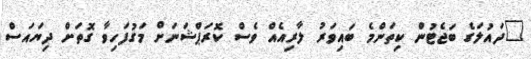
"ދައުލަގެ ބަޖެޓުން ކިތަންމެ ބައިވަރު ލާރިއެއް ވެސް ކޮރަޕްޝަނަށް މަގުފަހިވާ ގޮތަށް ދިޔައަސް